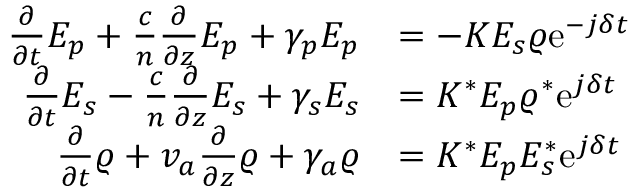
\begin{array} { r l } { \frac { \partial } { \partial t } E _ { p } + \frac { c } { n } \frac { \partial } { \partial z } E _ { p } + \gamma _ { p } E _ { p } } & { = - K E _ { s } \varrho \mathrm { e } ^ { - j \delta t } } \\ { \frac { \partial } { \partial t } E _ { s } - \frac { c } { n } \frac { \partial } { \partial z } E _ { s } + \gamma _ { s } E _ { s } } & { = K ^ { * } E _ { p } \varrho ^ { * } \mathrm { e } ^ { j \delta t } } \\ { \frac { \partial } { \partial t } \varrho + v _ { a } \frac { \partial } { \partial z } \varrho + \gamma _ { a } \varrho } & { = K ^ { * } E _ { p } E _ { s } ^ { * } \mathrm { e } ^ { j \delta t } } \end{array}